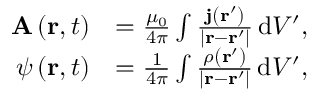
{ \begin{array} { r l } { \mathbf { A } \left( \mathbf { r } , t \right) } & { = { \frac { \mu _ { 0 } } { 4 \pi } } \int { \frac { \mathbf { j } \left( \mathbf { r } ^ { \prime } \right) } { \left| \mathbf { r } - \mathbf { r } ^ { \prime } \right| } } \, \mathrm { d } V ^ { \prime } , } \\ { \psi \left( \mathbf { r } , t \right) } & { = { \frac { 1 } { 4 \pi } } \int { \frac { \rho \left( \mathbf { r } ^ { \prime } \right) } { \left| \mathbf { r } - \mathbf { r } ^ { \prime } \right| } } \, \mathrm { d } V ^ { \prime } , } \end{array} }